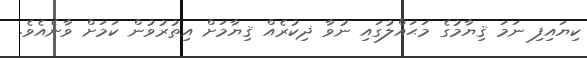
ކިޔައިފި ނަމަ ޤިޔާމުގެ މަޙައްލުގައި ނުވާ ޛިކުރެއް ޤިޔާމަށް އިތުރުވުން ކަމަށް ވާނެއެވެ.